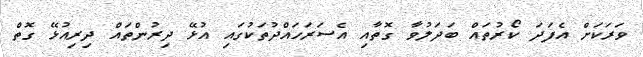
ވަރަކަށް އެފަދަ ކޯރުތައް ބަދަލުވާ ގޮތާއި އެސަރަހައްދުތަކުގައި އުޅޭ ދިރުންތައް ދިރިއުޅޭ ގޮތް